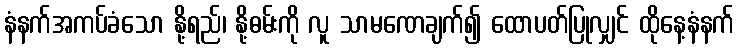
နံနက်အကပ်ခံသော နို့ရည်၊ နို့ဓမ်းကို လူ သာမဏေချက်၍ ထောပတ်ပြုလျှင် ထိုနေ့နံနက်